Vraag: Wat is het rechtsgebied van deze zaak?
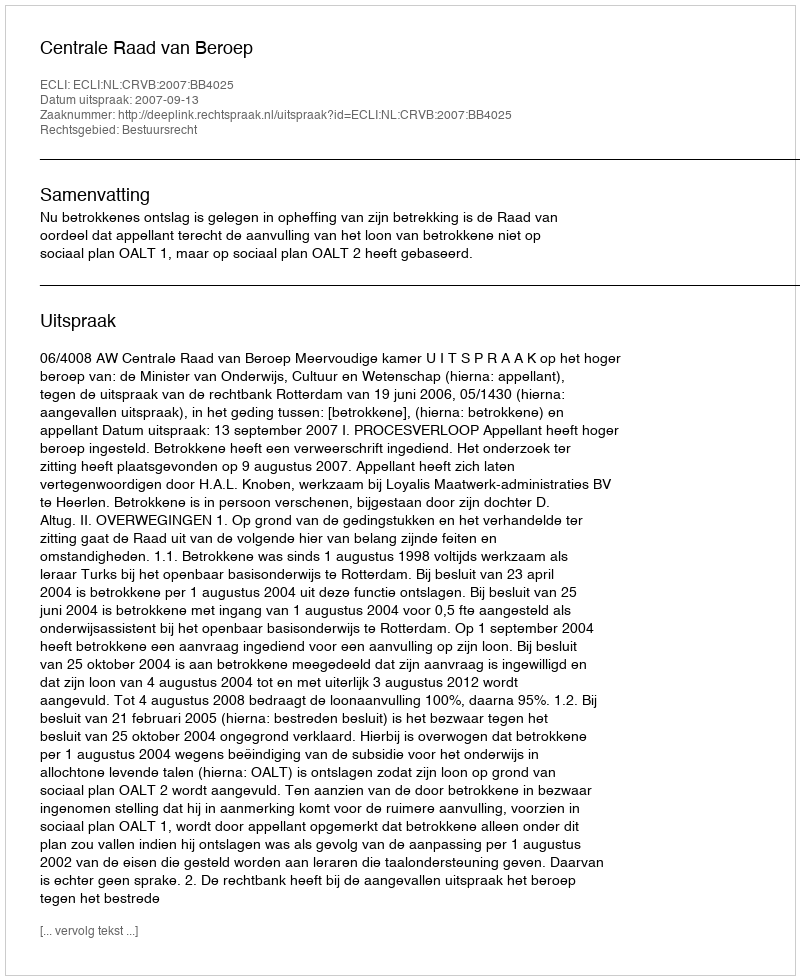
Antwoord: Bestuursrecht